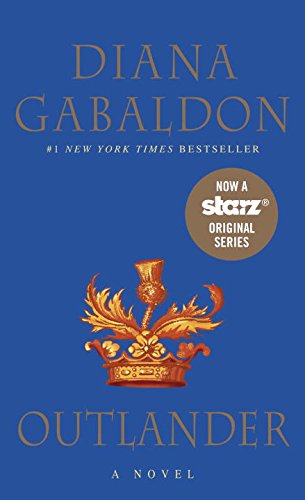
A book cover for Outlander; Diana Gabaldon; Science Fiction & Fantasy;